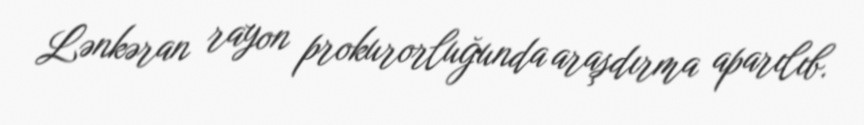
Lənkəran rayon prokurorluğunda araşdırma aparılıb.